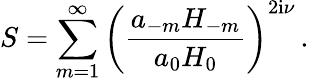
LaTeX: S=\sum_{m=1}^{\infty}\left(\frac{a_{-m}H_{-m}}{a_{0}H_{0}}\right)^{2\mathrm{i}\nu}\, .